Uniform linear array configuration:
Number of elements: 12
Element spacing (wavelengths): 0.75
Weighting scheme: hamming
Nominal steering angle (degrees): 60
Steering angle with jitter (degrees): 59.958
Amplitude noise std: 0.05
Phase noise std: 0.05

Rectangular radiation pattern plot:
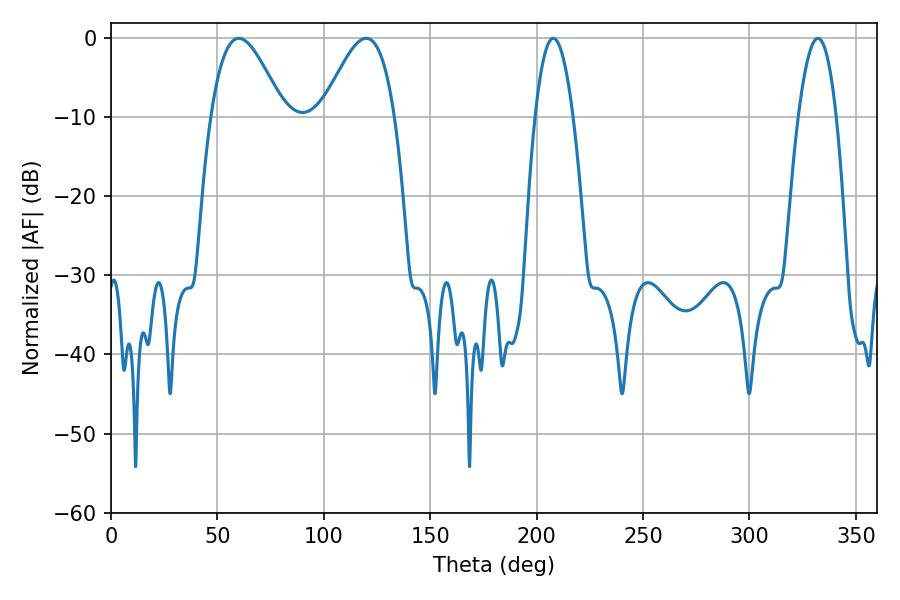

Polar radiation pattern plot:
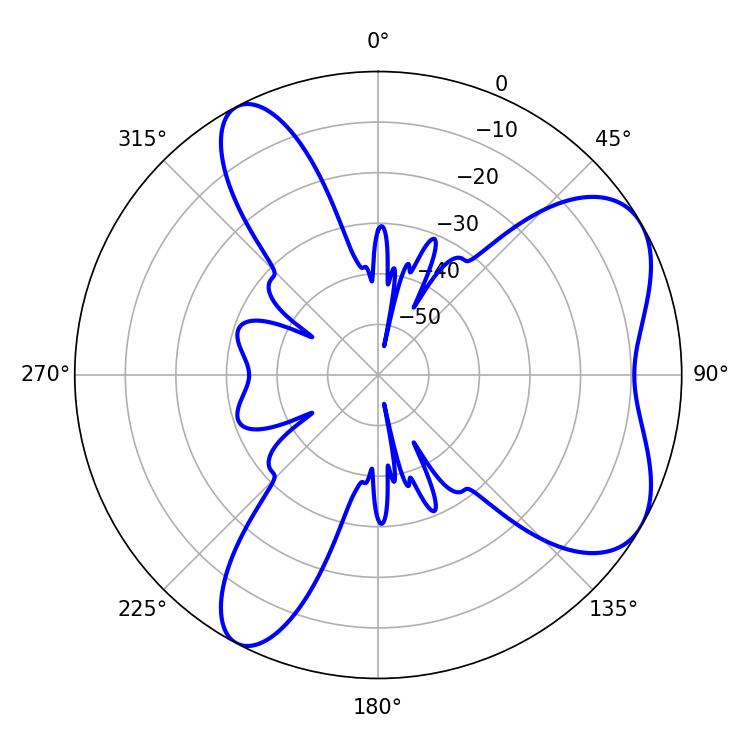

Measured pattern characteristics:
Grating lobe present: TRUE
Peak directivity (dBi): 6.28
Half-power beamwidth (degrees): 18.36
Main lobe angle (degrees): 60.12